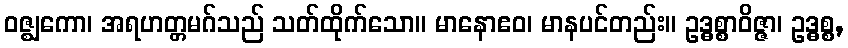
ဝဇ္ဈကော၊ အရဟတ္တမဂ်သည် သတ်ထိုက်သော။ မာနောဧဝ၊ မာနပင်တည်း။ ဥဒ္ဓစ္စာဝိဇ္ဇာ၊ ဥဒ္ဓစ္စ,